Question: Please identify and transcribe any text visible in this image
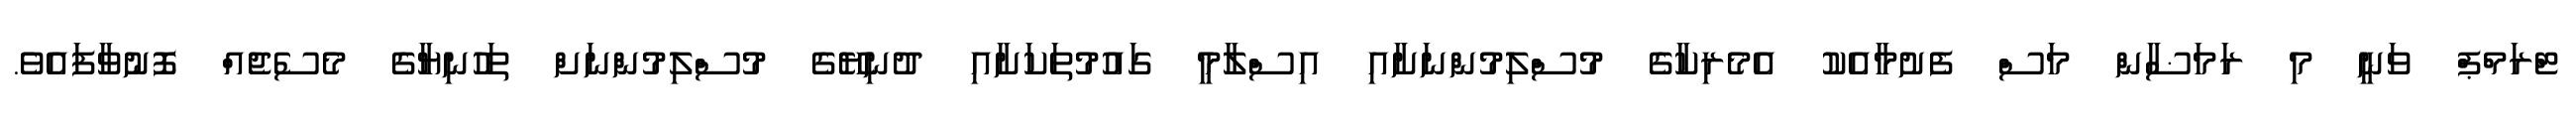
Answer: ޓްރަމްޕް ވަނީ މި ރަމަޟާން މަސް ފެށުމާއެކު އެމެރިކާގެ މުސްލިމުންނަށާއި އިސްލާމީ ގައުމުތަކަށާއި ދުނިޔޭގެ މުސްލިމުންނަށް ތަހުނިޔާގެ މެސެޖެއް ފޮނުވާފައެވެ.